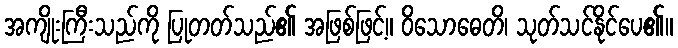
အကျိုးကြီးသည်ကို ပြုတတ်သည်၏ အဖြစ်ဖြင့်။ ဝိသောဓေတိ၊ သုတ်သင်နိုင်ပေ၏။